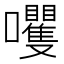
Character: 𫬻